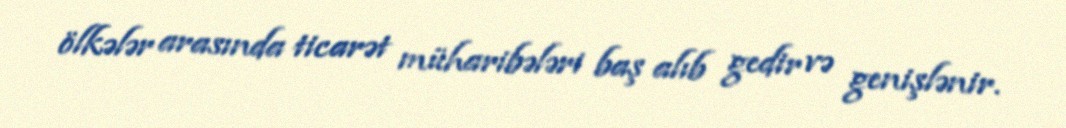
ölkələr arasında ticarət müharibələri baş alıb gedir və genişlənir.